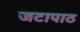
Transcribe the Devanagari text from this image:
जटापाठ